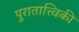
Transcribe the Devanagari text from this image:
पुरातात्त्विकी